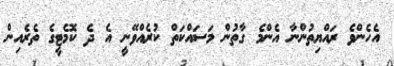
އެހެންވެ ރައްޔިތުންނާ އެންމެ ގާތުން މަސައްކަތް ކުރެއްވޭނީ އެ ދެ ކޮމެޓީގެ ތެރެއިން